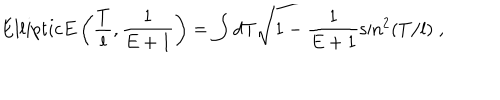
LaTeX: E l l i p t i c E \left( \frac { T } { l } , \frac { 1 } { E + 1 } \right) = \int d T \sqrt { 1 - \frac { 1 } { E + 1 } \sin ^ { 2 } ( T / l ) } \; ,